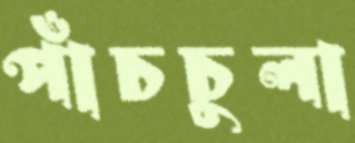
পাঁচচুলা